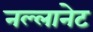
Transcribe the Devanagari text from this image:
नल्लानेट